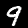
Digit: 9